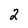
Character: 2